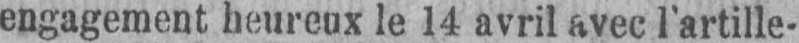
engagement heureux le 14 avril avec l’artille-